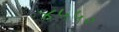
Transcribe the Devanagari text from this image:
४५५०